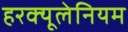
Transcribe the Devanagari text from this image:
हरक्यूलेनियम